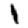
Digit: 1